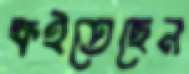
ক্ষইতেছেন